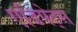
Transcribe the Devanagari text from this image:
एडिपेट्स